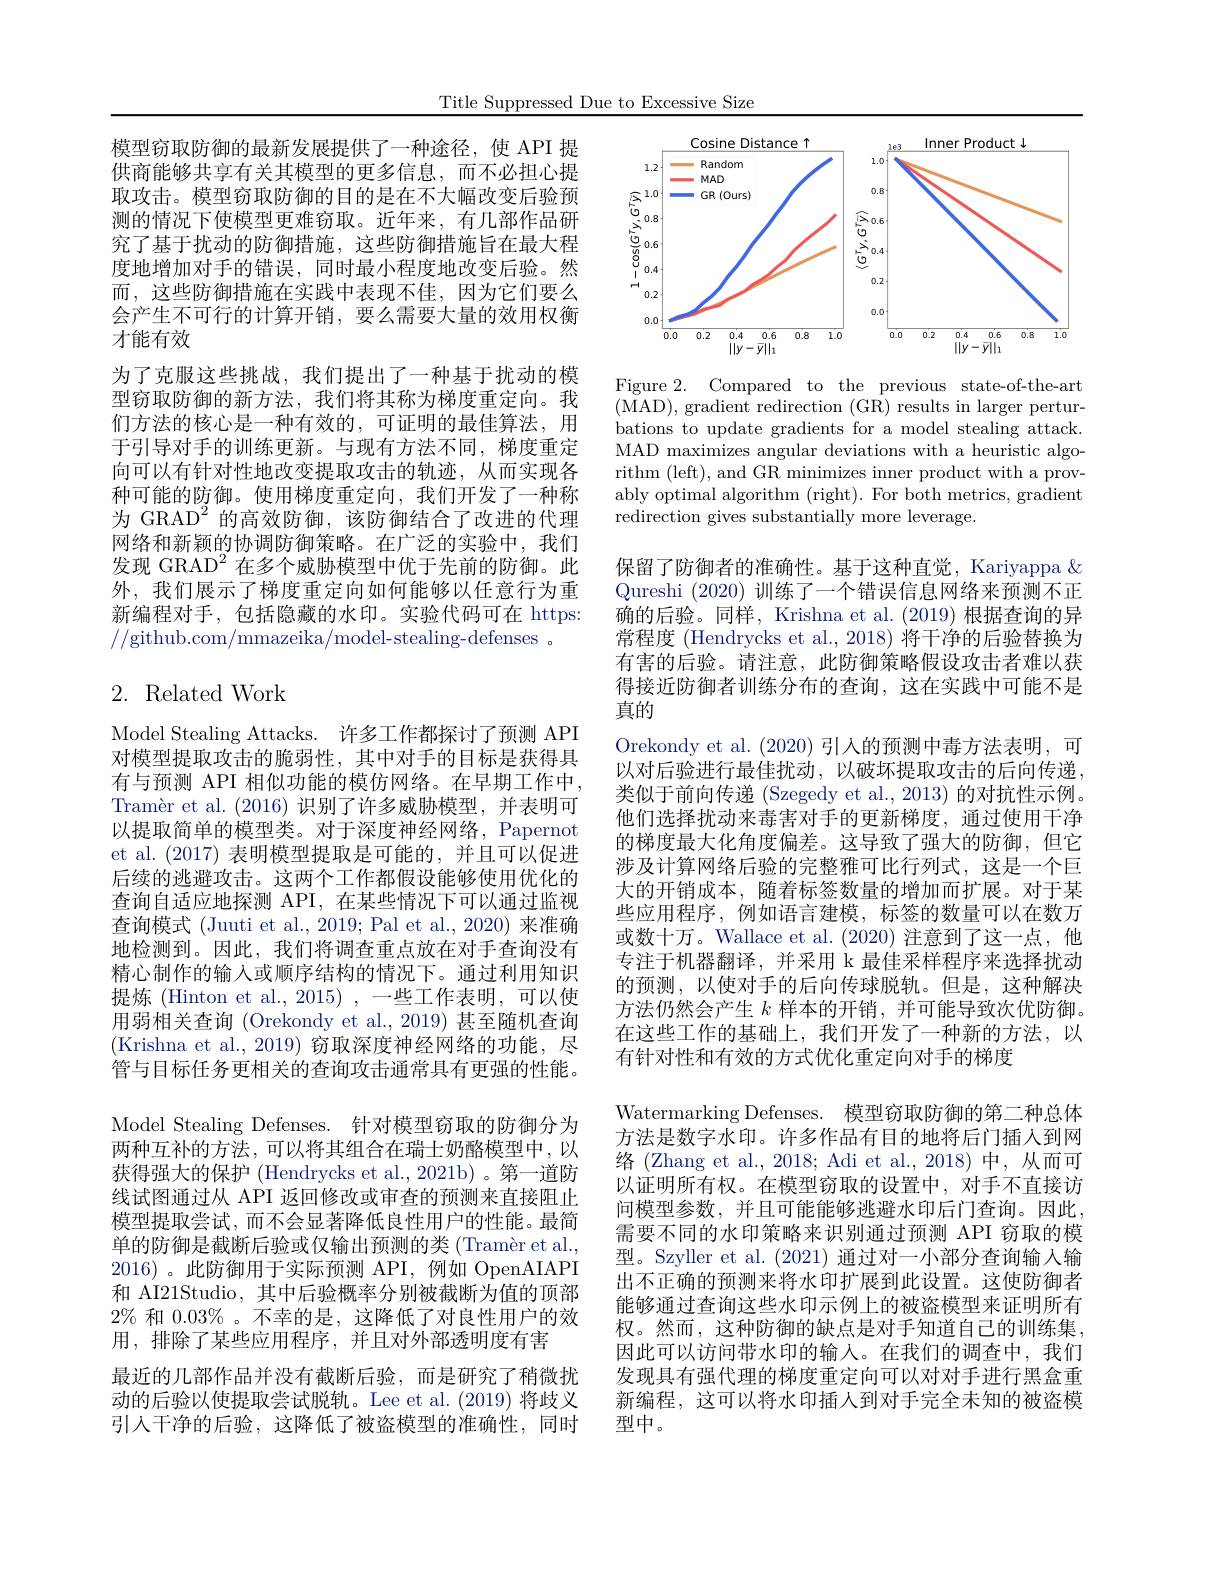
Title Suppressed Due to Excessive Size

模型窃取防御的最新发展提供了一种途径，使 API 提供商能够共享有关其模型的更多信息，而不必担心提取攻击。模型窃取防御的目的是在不大幅改变后验预测的情况下使模型更难窃取。近年来，有几部作品研究了基于扰动的防御措施，这些防御措施旨在最大程度地增加对手的错误，同时最小程度地改变后验。然而 ,这些防御措施在实践中表现不佳，因为它们要么会产生不可行的计算开销，要么需要大量的效用权衡才能有效
为了克服这些挑战，我们提出了一种基于扰动的模型窃取防御的新方法，我们将其称为梯度重定向。我们方法的核心是一种有效的，可证明的最佳算法，用于引导对手的训练更新。与现有方法不同，梯度重定向可以有针对性地改变提取攻击的轨迹，从而实现各种可能的防御。使用梯度重定向，我们开发了一种称为 GRAD$^{2}$的高效防御，该防御结合了改进的代理网络和新颖的协调防御策略。在广泛的实验中，我们发现 GRAD$^2$在多个威胁模型中优于先前的防御。此外，我们展示了梯度重定向如何能够以任意行为重新编程对手，包括隐藏的水印。实验代码可在 https: //github.com/mmazeika/model-stealing-defenses .

## 2. Related Work

Model Stealing Attacks. 许多工作都探讨了预测 API 对模型提取攻击的脆弱性，其中对手的目标是获得具有与预测 API 相似功能的模仿网络。在早期工作中， Tramèr et al.(2016)识别了许多威胁模型，并表明可以提取简单的模型类。对于深度神经网络，Papernot et al. (2017)表明模型提取是可能的，并且可以促进后续的逃避攻击。这两个工作都假设能够使用优化的查询自适应地探测 API, 在某些情况下可以通过监视查询模式 (Juuti et al., 2019; Pal et al., 2020) 来准确地检测到。因此，我们将调查重点放在对手查询没有精心制作的输入或顺序结构的情况下。通过利用知识提炼 (Hinton et al., 2015) ,一些工作表明，可以使用弱相关查询 (Orekondy et al.,2019) 甚至随机查询(Krishna et al., 2019) 窃取深度神经网络的功能，尽管与目标任务更相关的查询攻击通常具有更强的性能。Model Stealing Defenses. 针对模型窃取的防御分为两种互补的方法，可以将其组合在瑞士奶酪模型中，以获得强大的保护 (Hendrycks et al., 2021b) 。第一道防线试图通过从 API 返回修改或审查的预测来直接阻止模型提取尝试，而不会显著降低良性用户的性能。最简单的防御是截断后验或仅输出预测的类 (Tramèr et al., 2016)。此防御用于实际预测 API,例如 OpenAIAPI 和 AI21Studio, 其中后验概率分别被截断为值的顶部$2\%$和$0.03\%$ 。不幸的是，这降低了对良性用户的效用，排除了某些应用程序，并且对外部透明度有害
最近的几部作品并没有截断后验，而是研究了稍微扰动的后验以使提取尝试脱轨。Lee et al.(2019) 将歧义引入干净的后验，这降低了被盗模型的准确性，同时

<FigureHere>

Figure 2. Compared to the previous state-of-the-art (MAD),gradient redirection (GR) results in larger perturbations to update gradients for a model stealing attack. MAD maximizes angular deviations with a heuristic algorithm (left), and GR minimizes inner product with a provably optimal algorithm (right). For both metrics, gradient redirection gives substantially more leverage.

保留了防御者的准确性。基于这种直觉，Kariyappa $\&$ Qureshi (2020)训练了一个错误信息网络来预测不正确的后验。同样，Krishna et al. (2019) 根据查询的异常程度 (Hendrycks et al., 2018) 将干净的后验替换为有害的后验。请注意，此防御策略假设攻击者难以获得接近防御者训练分布的查询，这在实践中可能不是真的
Orekondy et al. (2020)引入的预测中毒方法表明，可以对后验进行最佳扰动，以破坏提取攻击的后向传递， 类似于前向传递 (Szegedy et al.,2013) 的对抗性示例。他们选择扰动来毒害对手的更新梯度，通过使用干净的梯度最大化角度偏差。这导致了强大的防御，但它涉及计算网络后验的完整雅可比行列式，这是一个巨大的开销成本，随着标签数量的增加而扩展。对于某些应用程序，例如语言建模，标签的数量可以在数万或数十万。Wallace et al.(2020) 注意到了这一点，他专注于机器翻译，并采用 k 最佳采样程序来选择扰动的预测，以使对手的后向传球脱轨。但是，这种解决方法仍然会产生$k$样本的开销，并可能导致次优防御。在这些工作的基础上，我们开发了一种新的方法，以有针对性和有效的方式优化重定向对手的梯度
Watermarking Defenses. 模型窃取防御的第二种总体方法是数字水印。许多作品有目的地将后门插人到网络(Zhang et al., 2018; Adi et al., 2018) 中，从而可以证明所有权。在模型窃取的设置中，对手不直接访问模型参数，并且可能能够逃避水印后门查询。因此， 需要不同的水印策略来识别通过预测 API 窃取的模型。Szyller et al. (2021) 通过对一小部分查询输入输出不正确的预测来将水印扩展到此设置。这使防御者能够通过查询这些水印示例上的被盗模型来证明所有权。然而，这种防御的缺点是对手知道自己的训练集， 因此可以访问带水印的输入。在我们的调查中，我们发现具有强代理的梯度重定向可以对对手进行黑盒重新编程，这可以将水印插人到对手完全未知的被盗模型中。